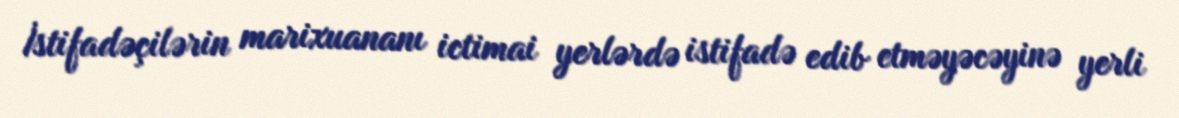
İstifadəçilərin marixuananı ictimai yerlərdə istifadə edib etməyəcəyinə yerli